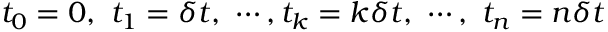
t _ { 0 } = 0 , \ t _ { 1 } = \delta t , \ \cdots , t _ { k } = k \delta t , \ \cdots , \ t _ { n } = n \delta t